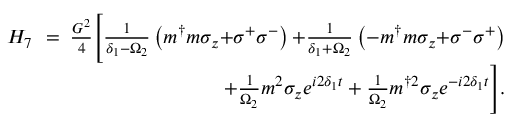
\begin{array} { r l r } { H _ { 7 } \! \! } & { = } & { \! \! \! \frac { G ^ { 2 } } { 4 } \Bigg [ \frac { 1 } { \delta _ { 1 } { - } \Omega _ { 2 } } \left( m ^ { \dagger } m \sigma _ { z } { + } \sigma ^ { + } \sigma ^ { - } \right) { + } \frac { 1 } { \delta _ { 1 } { + } \Omega _ { 2 } } \left( - m ^ { \dagger } m \sigma _ { z } { + } \sigma ^ { - } \sigma ^ { + } \right) } \\ & { } & { \, \, \, \, \, \, + \frac { 1 } { \Omega _ { 2 } } m ^ { 2 } \sigma _ { z } e ^ { i 2 \delta _ { 1 } t } + \frac { 1 } { \Omega _ { 2 } } m ^ { \dagger 2 } \sigma _ { z } e ^ { - i 2 \delta _ { 1 } t } \Bigg ] . } \end{array}